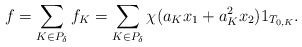
\begin{align*}f = \sum_{K \in P_{\delta}}f_K = \sum_{K \in P_{\delta}}\chi(a_{K}x_{1} + a_{K}^{2}x_2)1_{T_{0, K}}.\end{align*}